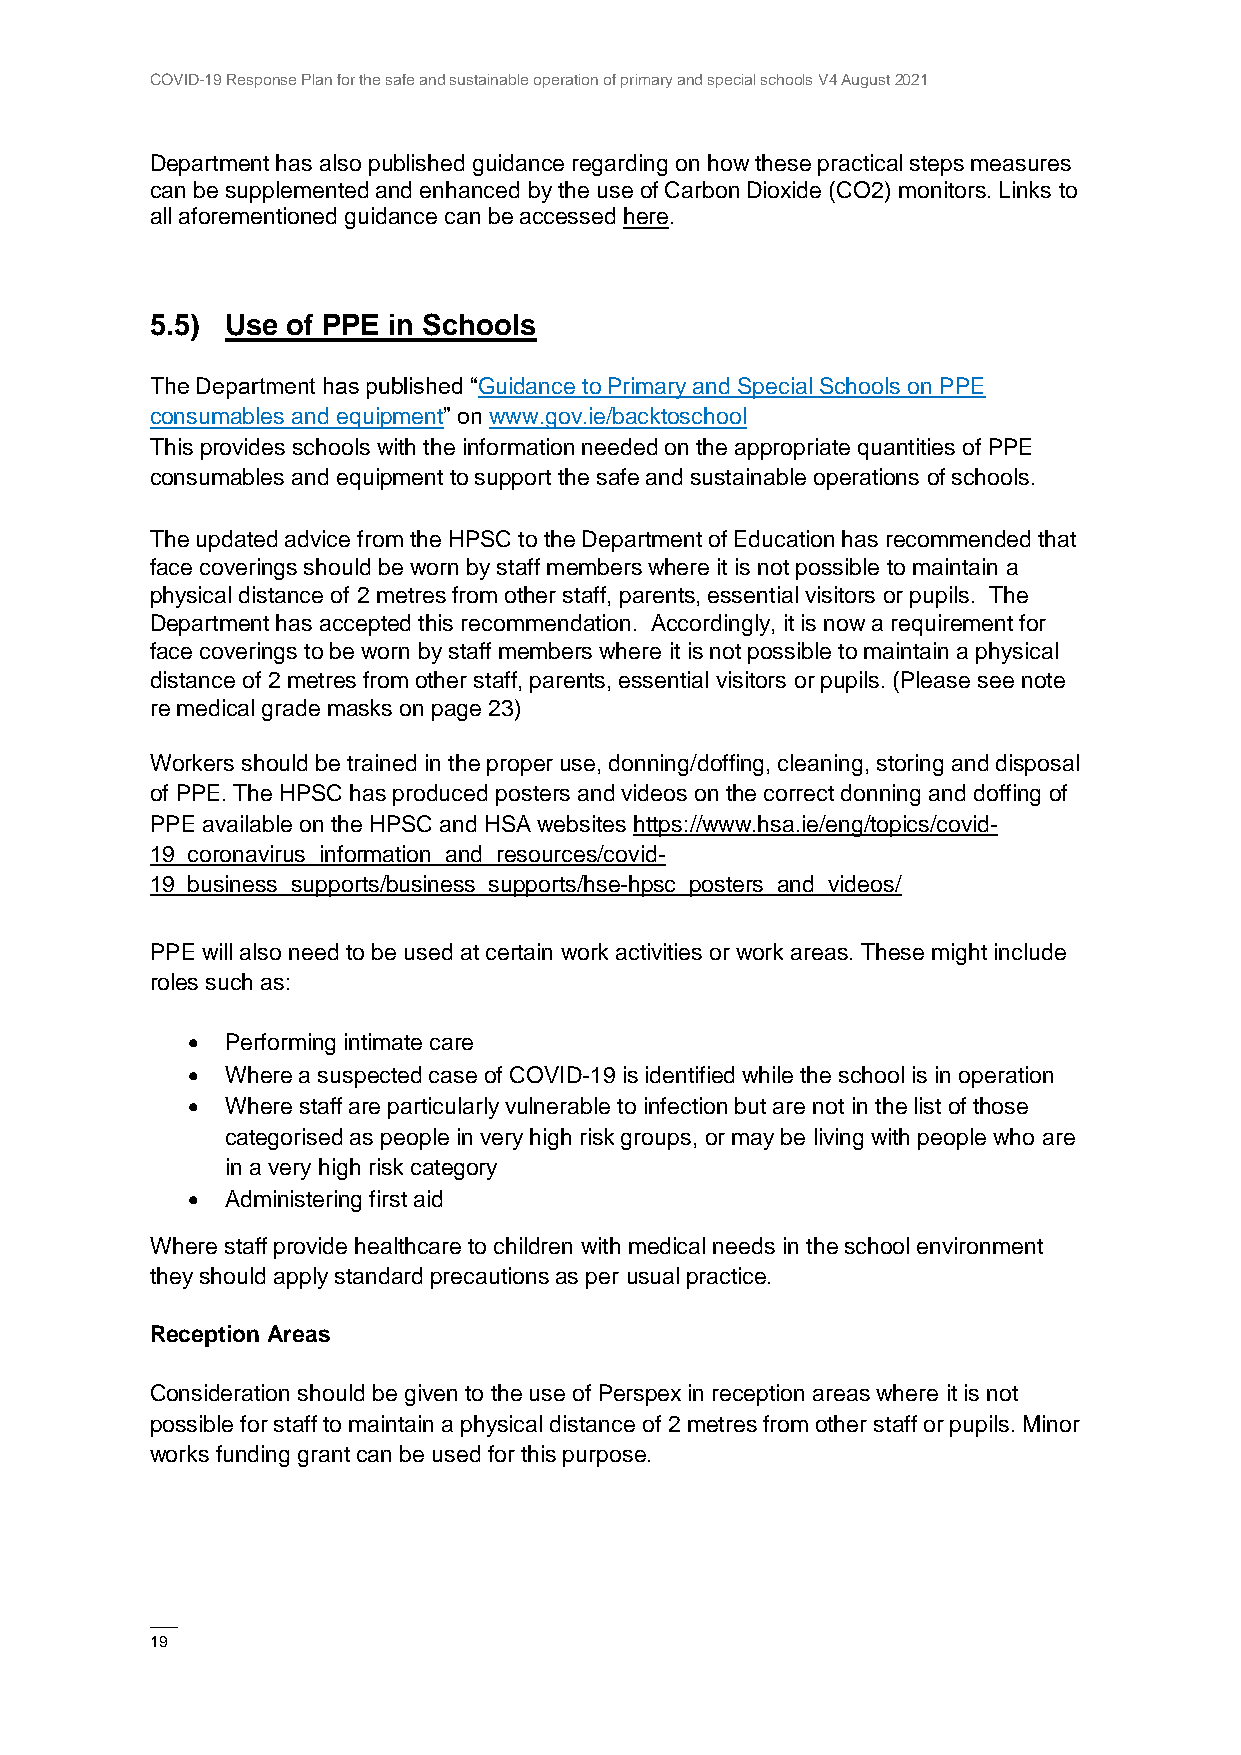
COVID-19 Response Plan for the safe and sustainable operation of primary and special schools V4 August 2021
 Department has also published guidance regarding on how these practical steps measures
 can be supplemented and enhanced by the use of Carbon Dioxide (CO2) monitors. Links to
 all aforementioned guidance can be accessed here.
 5.5) Use of PPE in Schools
 The Department has published “Guidance to Primary and Special Schools on PPE
 consumables and equipment” on www.gov.ie/backtoschool
 This provides schools with the information needed on the appropriate quantities of PPE
 consumables and equipment to support the safe and sustainable operations of schools.
 The updated advice from the HPSC to the Department of Education has recommended that
 face coverings should be worn by staff members where it is not possible to maintain a
 physical distance of 2 metres from other staff, parents, essential visitors or pupils. The
 Department has accepted this recommendation. Accordingly, it is now a requirement for
 face coverings to be worn by staff members where it is not possible to maintain a physical
 distance of 2 metres from other staff, parents, essential visitors or pupils. (Please see note
 re medical grade masks on page 23)
 Workers should be trained in the proper use, donning/doffing, cleaning, storing and disposal
 of PPE. The HPSC has produced posters and videos on the correct donning and doffing of
 PPE available on the HPSC and HSA websites https://www.hsa.ie/eng/topics/covid-
 19_coronavirus_information_and_resources/covid-
 19_business_supports/business_supports/hse-hpsc_posters_and_videos/
 PPE will also need to be used at certain work activities or work areas. These might include
 roles such as:
   Performing intimate care
   Where a suspected case of COVID-19 is identified while the school is in operation
   Where staff are particularly vulnerable to infection but are not in the list of those
 categorised as people in very high risk groups, or may be living with people who are
 in a very high risk category
   Administering first aid
 Where staff provide healthcare to children with medical needs in the school environment
 they should apply standard precautions as per usual practice.
 Reception Areas
 Consideration should be given to the use of Perspex in reception areas where it is not
 possible for staff to maintain a physical distance of 2 metres from other staff or pupils. Minor
 works funding grant can be used for this purpose.
 ——
 19